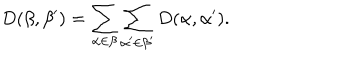
LaTeX: D ( \beta , \beta ^ { \prime } ) = \sum _ { \alpha \in \beta } \sum _ { \alpha ^ { \prime } \in \beta ^ { \prime } } D ( \alpha , \alpha ^ { \prime } ) .